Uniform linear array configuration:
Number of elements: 12
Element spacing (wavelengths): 0.25
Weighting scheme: blackman
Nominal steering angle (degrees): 15
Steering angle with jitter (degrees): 13.179
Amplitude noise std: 0.05
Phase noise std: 0.05

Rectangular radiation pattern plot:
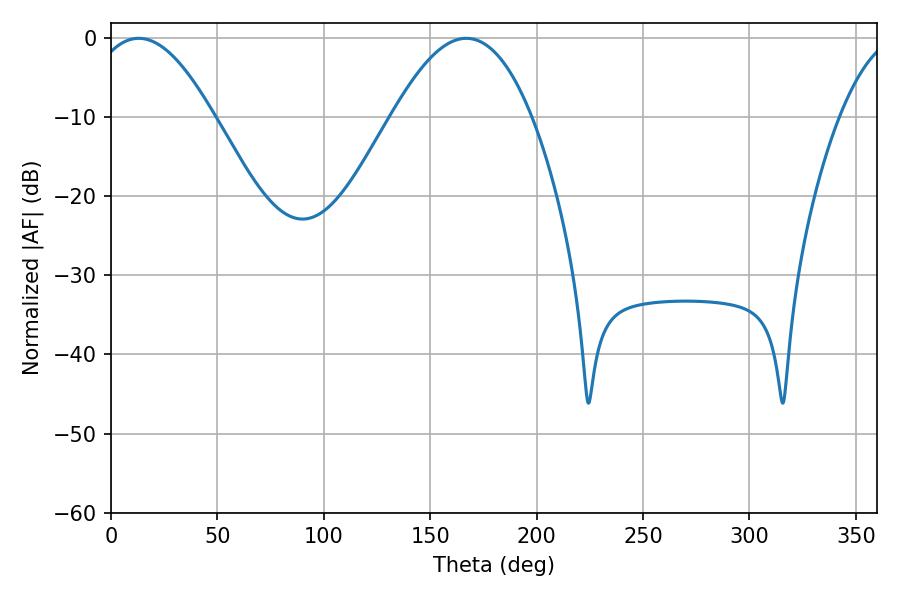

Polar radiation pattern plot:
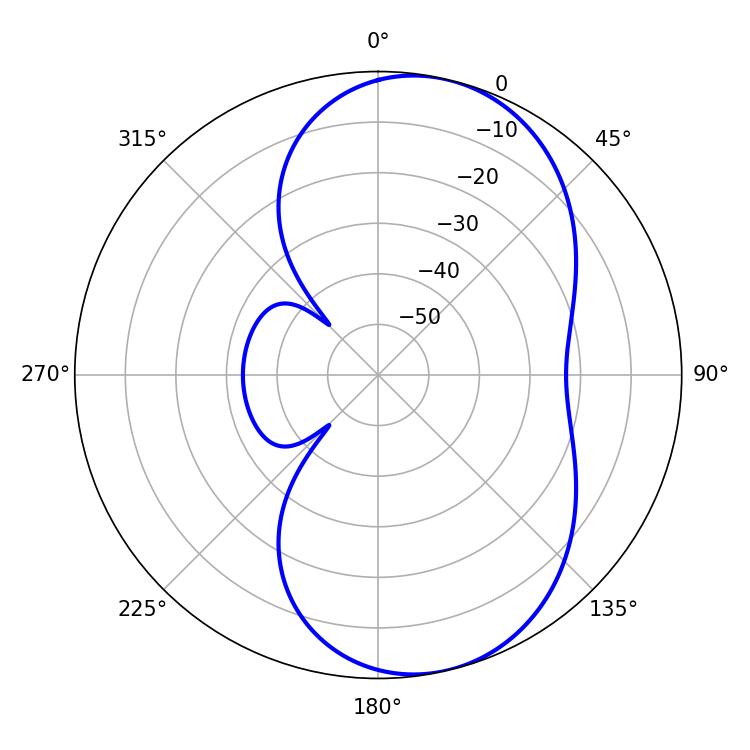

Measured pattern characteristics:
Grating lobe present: FALSE
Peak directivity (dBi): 7.725
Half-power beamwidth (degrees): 31.68
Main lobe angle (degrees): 12.96